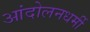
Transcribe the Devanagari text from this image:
आंदोलनधर्मी